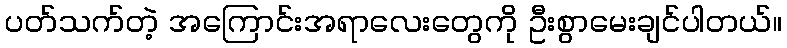
ပတ်သက်တဲ့ အကြောင်းအရာလေးတွေကို ဦးစွာမေးချင်ပါတယ်။